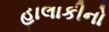
હાલાકીનો